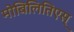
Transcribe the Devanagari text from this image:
मोबिलितिएस्